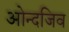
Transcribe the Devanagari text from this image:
ओन्दजिव